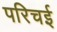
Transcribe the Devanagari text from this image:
परिचई